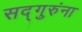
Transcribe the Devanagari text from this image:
सद्गुरुंना